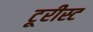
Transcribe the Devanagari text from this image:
टूरीस्ट